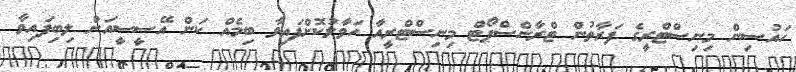
ހައުސިން މިނިސްޓްރީގެ ފަރާތުން ޓްރާންސްޕޯޓް މިނިސްޓްރީއާ ހަވާލުކޮށްފައިވާ ބިމެއް ކަން އޭސީސީއަށް ލިބިފައިވާ